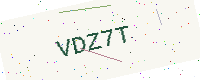
Text: VDZ7T